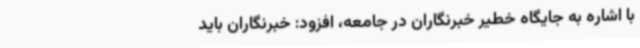
با اشاره به جایگاه خطیر خبرنگاران در جامعه، افزود: خبرنگاران باید